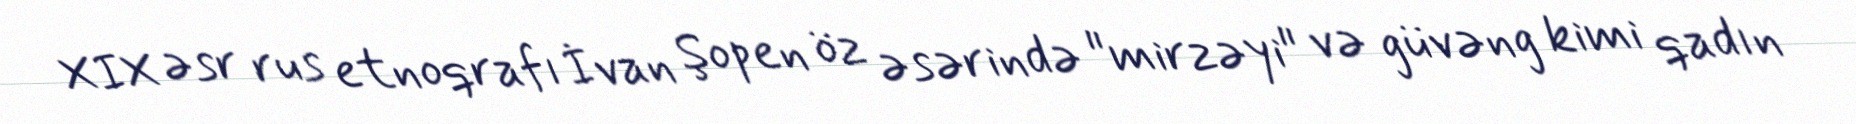
XIX əsr rus etnoqrafı İvan Şopen öz əsərində "mirzəyi" və güvəng kimi qadın